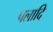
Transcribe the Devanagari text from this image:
पलादि